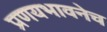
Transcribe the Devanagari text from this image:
प्रणयभावनेच